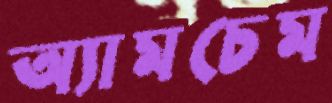
অ্যামচেম